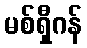
မစ်ရှီဂန်